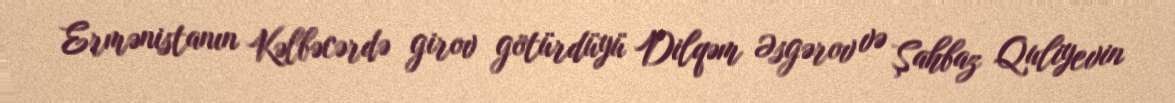
Ermənistanın Kəlbəcərdə girov götürdüyü Dilqəm Əsgərov və Şahbaz Quliyevin